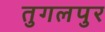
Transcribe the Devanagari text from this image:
तुगलपुर